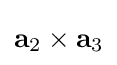
\mathbf {a} _{2}\times \mathbf {a} _{3}